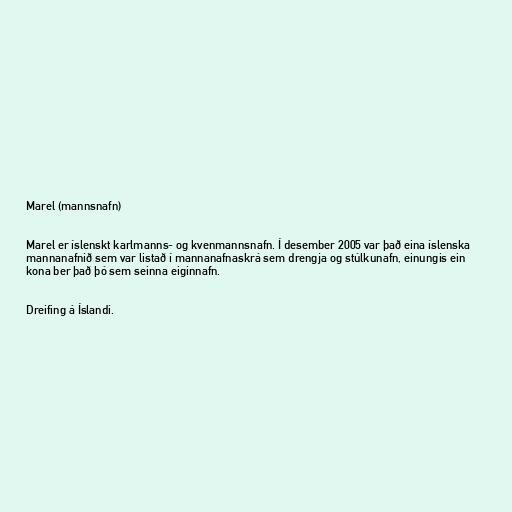
Marel (mannsnafn)

Marel er íslenskt karlmanns- og kvenmannsnafn. Í desember 2005 var það eina íslenska
mannanafnið sem var listað í mannanafnaskrá sem drengja og stúlkunafn, einungis ein
kona ber það þó sem seinna eiginnafn.

Dreifing á Íslandi.